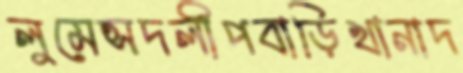
লুমেন্সদলীপবাড়িখানাদ